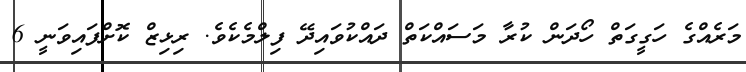
މަރެއްގެ ހަގީގަތް ހޯދަން ކުރާ މަސައްކަތް ދައްކުވައިދޭ ފިލްމެކެވެ. ރިޅިޒް ކޮށްފައިވަނީ 6